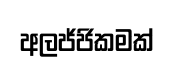
අලජ්ජිකමක්